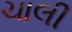
ચાલી